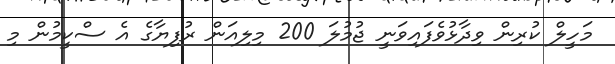
މަހީލް ކުރިން ވިދާޅުވެފައިވަނީ ޖުމުލަ 200 މިލިއަން ރުފިޔާގެ އެ ސްކީމުން މި